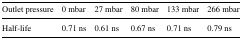
| Outlet pressure | 0 mbar | 27 mbar | 80 mbar | 133 mbar | 266 mbar |
 | --- | --- | --- | --- | --- | --- |
 | Half-life | 0.71 ns | 0.61 ns | 0.67 ns | 0.71 ns | 0.79 ns |